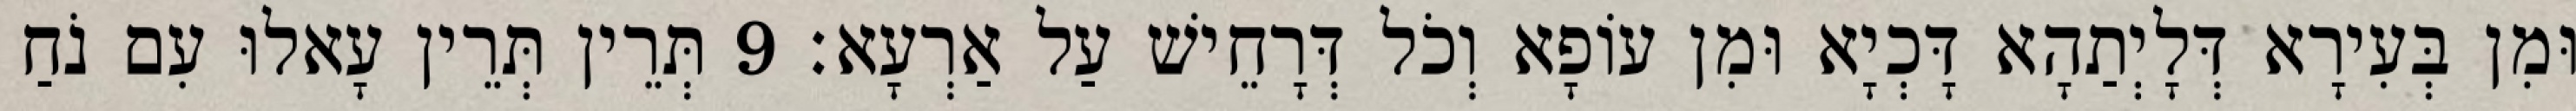
וּמִן בְּעִירָא דְּלָיְתַהָא דָּכְיָא וּמִן עוֹפָא וְכֹל דְּרָחֵישׁ עַל אַרְעָא׃ 9 תְּרֵין תְּרֵין עָאלוּ עִם נֹחַ